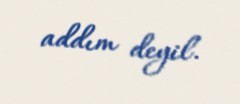
addım deyil.